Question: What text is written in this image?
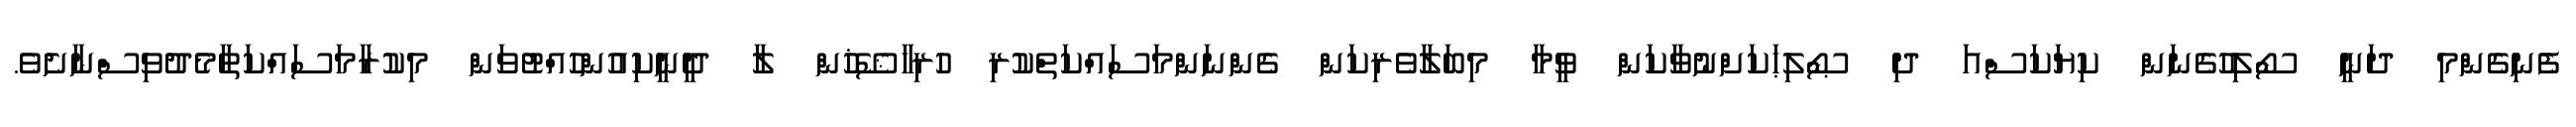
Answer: ފެނިގެންމި ދަނީ ސޯލިހުގެނަން ކިޔަކަސްއަ ދި ޞޯލިޙަކަށްނުވާކަން ވީމާ މިބަލާވެރިކަން ގެންނަންމަސައްކަތްކުރި ހުރިހާޝޭޚުން ލާ ދީނީކިއުންހުއްޓުވަން މިކުރާމަސައްކަތާމެދުވިސްނާށެވެ.